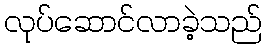
လုပ်ဆောင်လာခဲ့သည်